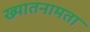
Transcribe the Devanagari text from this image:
ख्यातनामता